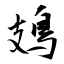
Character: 鳷